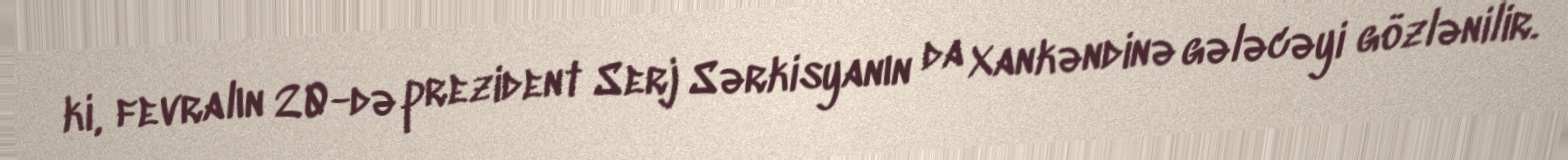
ki, fevralın 20-də prezident Serj Sərkisyanın da Xankəndinə gələcəyi gözlənilir.